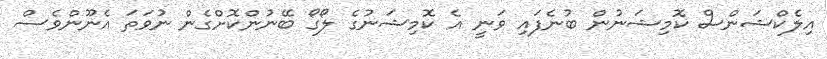
އިލެކްޝަންސް ކޮމިޝަނުން ބުނެފައި ވަނީ އެ ކޮމިޝަނުގެ ލޯގޯ ބޭނުންކޮށްގެން ނުވަތަ އެނޫންވެސް